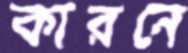
কারনে